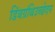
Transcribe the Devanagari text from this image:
डिंबग्रंथिउच्छेदन